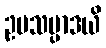
ဥပသမ္ပာဒယိ